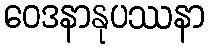
ဝေဒနာနုပဿနာ